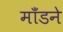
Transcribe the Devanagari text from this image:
माँडने